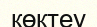
көктеу